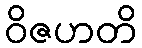
ဝိဇဟတိ